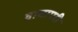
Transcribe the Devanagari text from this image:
वाघापरी